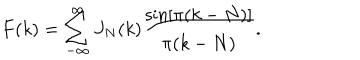
F ( k ) = \sum _ { - \infty } ^ { \infty } J _ { N } ( k ) \frac { \sin [ \pi ( k - N ) ] } { \pi ( k - N ) } .